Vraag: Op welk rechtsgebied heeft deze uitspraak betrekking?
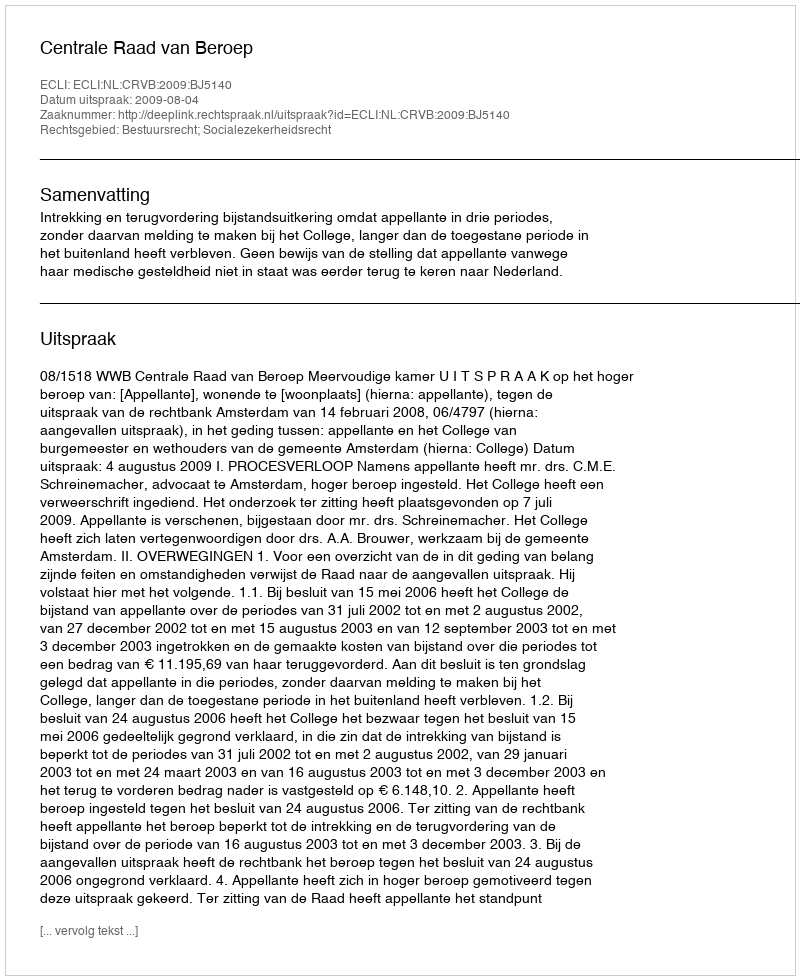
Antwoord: Bestuursrecht; Socialezekerheidsrecht